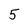
Character: 5